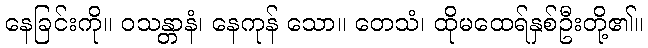
နေခြင်းကို။ ဝသန္တာနံ၊ နေကုန် သော။ တေသံ၊ ထိုမထေရ်နှစ်ဦးတို့၏။